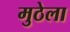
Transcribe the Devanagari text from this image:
मुठेला